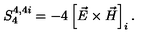
S _ { 4 } ^ { 4 , 4 i } = - 4 \left[ \vec { E } \times \vec { H } \right] _ { i } .